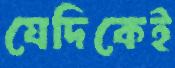
যেদিকেই